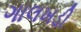
ગાલખડી